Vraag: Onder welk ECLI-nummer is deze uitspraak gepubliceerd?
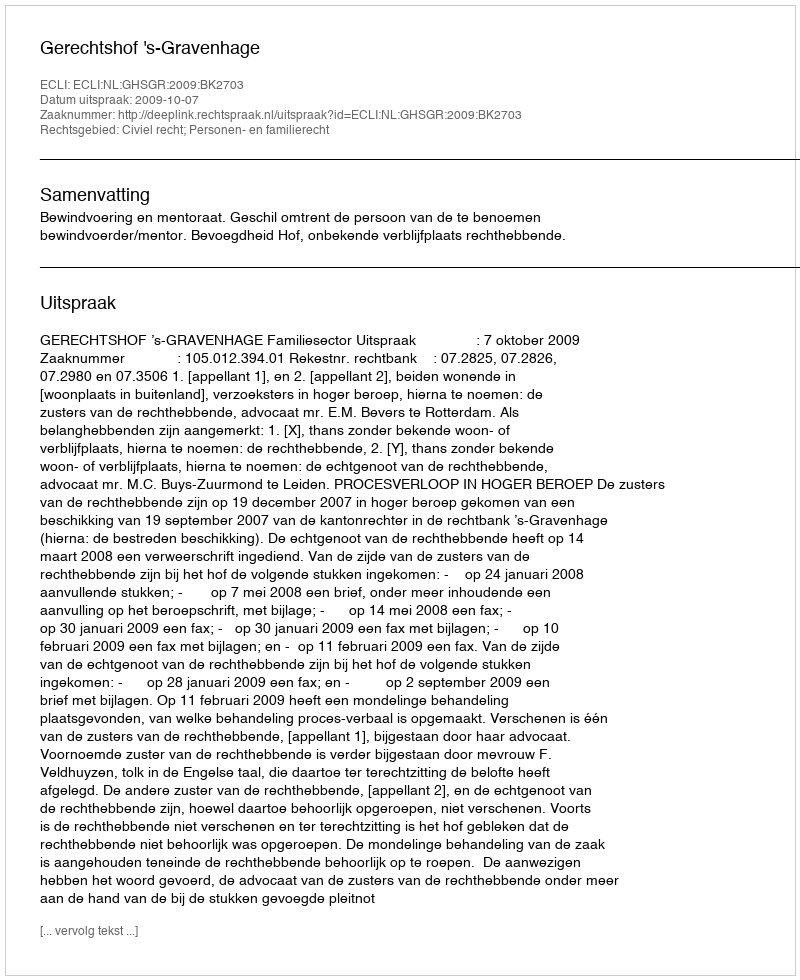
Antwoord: ECLI:NL:GHSGR:2009:BK2703